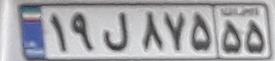
۱۹ل۸۷۵۵۵